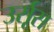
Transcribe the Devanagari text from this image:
उर्सूस